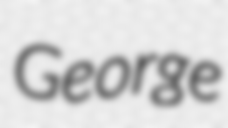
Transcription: George